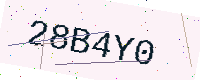
Text: 28B4Y0